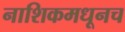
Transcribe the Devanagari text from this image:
नाशिकमधूनच